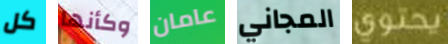
كل وكأنها عامان المجاني يحتوي